Black-water fever - Number 35
Disease focus: Fever
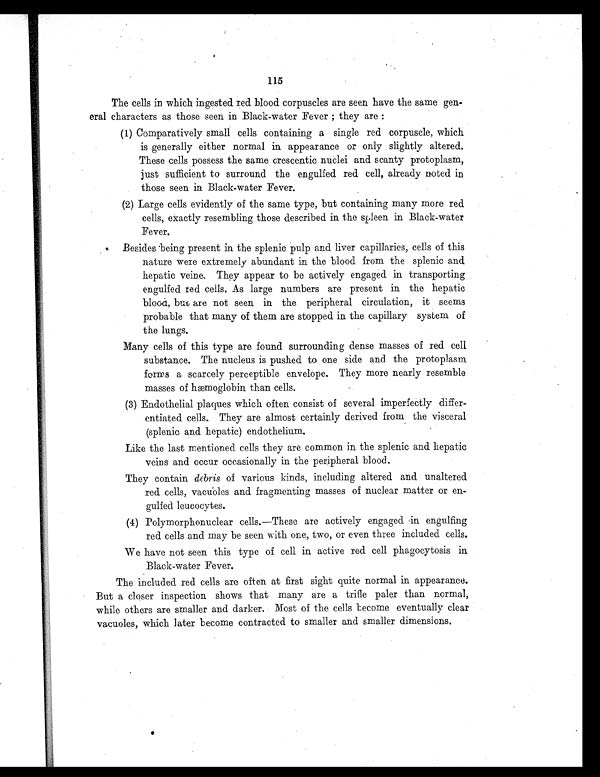
115
The cells in which ingested red blood corpuscles are seen have the same gen-
eral characters as those seen in Black-water Fever; they are :
( 1 ) C o m p a r a t i v e l y s m a l l c e l l s c o n t a i n i n g a s i n g l e r e d c o r p u s c l e , w h i c h
is generally either normal in appearance or only slightly altered.
These cells possess the same crescentic nuclei and scanty protoplasm,
just sufficient to surround the engulfed red cell, already noted in
those seen in Black-water Fever.
( 2 ) L a r g e c e l l s e v i d e n t l y o f t h e s a m e t y p e , b u t c o n t a i n i n g m a n y m o r e r e d
•
cells, exactly resembling those described in the spleen in Black-water
Fever.
Besides being present in the splenic pulp and liver capillaries, cells of this
nature were extremely abundant in the blood from the splenic and
hepatic veine, They appear to be actively engaged in transporting
engulfed red cells. As large numbers are present in the hepatic
blood, but are not seen in the peripheral circulation, it seems
probable that many of them are stopped in the capillary system of
the lungs.
Many cells of this type are found surrounding dense masses of red cell
substance. The nucleus is pushed to one side and the protoplasm
forms a scarcely perceptible envelope. They more nearly resemble
masses of hæmoglobin than cells.
(3) Endothelial plaques which often consist of several imperfectly differ-
entiated cells. They are almost certainly derived from the visceral
(splenic and hepatic) endothelium.
Like the last mentioned cells they are common in the splenic and hepatic
veins and occur occasionally in the peripheral blood.
They contain debris of various kinds, including altered and unaltered
red cells, vacuoles and fragmenting masses of nuclear matter or en-
gulfed leucocytes.
( 4 ) P o l y m o r p h o n u c l e a r c e l l s . — T h e s e a r e a c t i v e l y e n g a g e d i n e n g u l f i n g
red cells and may be seen with one, two, or even three included cells.
We have not seen this type of cell in active red cell phagocytosis
i n B l a c k - w a t e r F e v e r .
The included red cells are often at first sight quite normal in appearance.
But a closer inspection shows that many are a trifle paler than normal,
while others are smaller and darker. Most of the cells become eventually clear
vacuoles, which later become contracted to smaller and smaller dimensions.